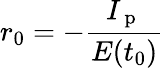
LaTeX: r_{0}=-\frac{I_{\mathrm{~p~}}}{E(t_{0})}